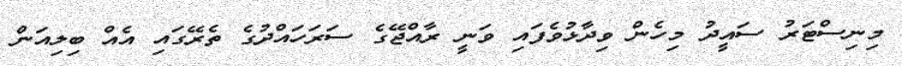
މިނިސްޓަރު ސައީދު މިހެން ވިދާޅުވެފައި ވަނީ ރާއްޖޭގެ ސަރަހައްދުގެ ތެރޭގައި އެއް ބިލިއަން